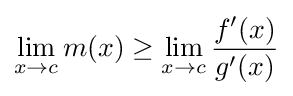
\lim _{x\to c}m(x)\geq \lim _{x\to c}{\frac {f'(x)}{g'(x)}}